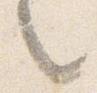
々